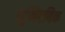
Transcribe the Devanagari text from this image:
यूनिटबिक